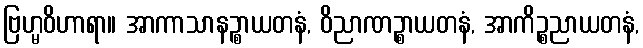
ဗြဟ္မဝိဟာရာ။ အာကာသာနဉ္စာယတနံ, ဝိညာဏဉ္စာယတနံ, အာကိဉ္စညာယတနံ,